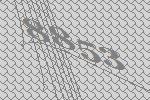
8853